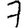
Digit: 7